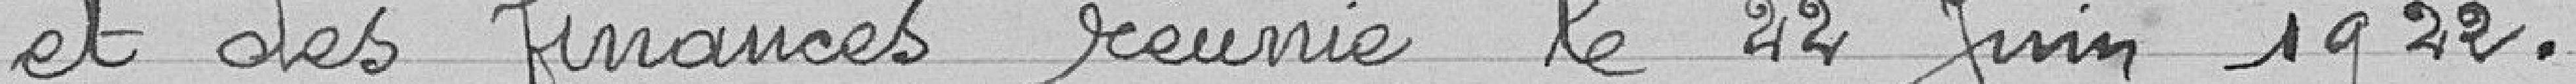
et des finances réunie le 22 juin 1922.